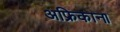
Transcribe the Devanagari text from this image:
अफ्रिकाना